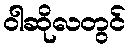
ဝါဆိုလတွင်